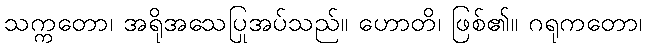
သက္ကတော၊ အရိုအသေပြုအပ်သည်။ ဟောတိ၊ ဖြစ်၏။ ဂရုကတော၊